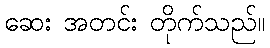
ဆေး အတင်း တိုက်သည်။